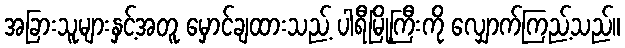
အခြားသူများနှင့်အတူ မှောင်ချထားသည့် ပါရီမြို့ကြီးကို လျှောက်ကြည့်သည်။